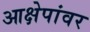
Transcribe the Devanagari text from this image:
आक्षेपांवर